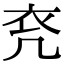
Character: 𧘊